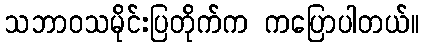
သဘာဝသမိုင်းပြတိုက်က ကပြောပါတယ်။